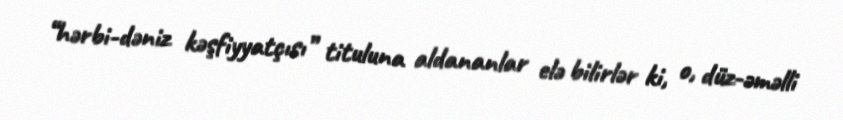
“hərbi-dəniz kəşfiyyatçısı” tituluna aldananlar elə bilirlər ki, o, düz-əməlli